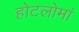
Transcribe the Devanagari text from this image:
होटलोमां